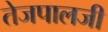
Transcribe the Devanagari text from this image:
तेजपालजी